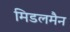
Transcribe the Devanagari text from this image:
मिडलमैन